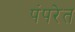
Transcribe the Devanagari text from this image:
पंपरेत